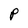
Character: P